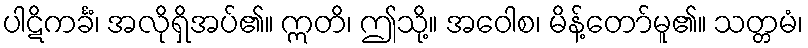
ပါဋိကင်္ခံ၊ အလိုရှိအပ်၏။ ဣတိ၊ ဤသို့။ အဝေါစ၊ မိန့်တော်မူ၏။ သတ္တမံ၊